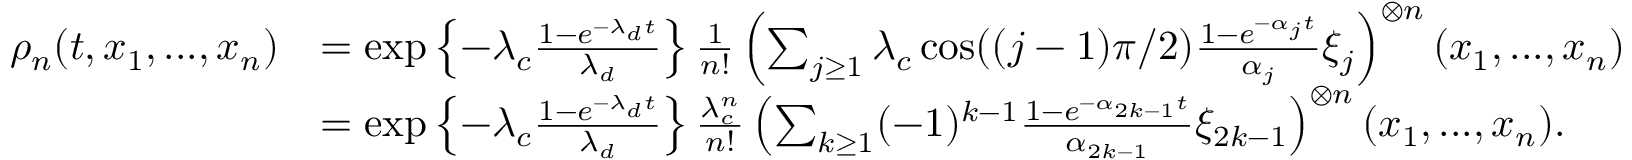
\begin{array} { r l } { \rho _ { n } ( t , x _ { 1 } , . . . , x _ { n } ) } & { = \exp \left\{ - \lambda _ { c } \frac { 1 - e ^ { - \lambda _ { d } t } } { \lambda _ { d } } \right\} \frac { 1 } { n ! } \left( \sum _ { j \geq 1 } \lambda _ { c } \cos ( ( j - 1 ) \pi / 2 ) \frac { 1 - e ^ { - \alpha _ { j } t } } { \alpha _ { j } } \xi _ { j } \right) ^ { \otimes n } ( x _ { 1 } , . . . , x _ { n } ) } \\ & { = \exp \left\{ - \lambda _ { c } \frac { 1 - e ^ { - \lambda _ { d } t } } { \lambda _ { d } } \right\} \frac { \lambda _ { c } ^ { n } } { n ! } \left( \sum _ { k \geq 1 } ( - 1 ) ^ { k - 1 } \frac { 1 - e ^ { - \alpha _ { 2 k - 1 } t } } { \alpha _ { 2 k - 1 } } \xi _ { 2 k - 1 } \right) ^ { \otimes n } ( x _ { 1 } , . . . , x _ { n } ) . } \end{array}